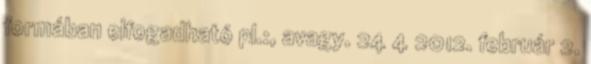
formában elfogadható pl.:, avagy. 24 4 2012. február 2.